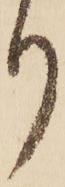
り